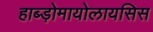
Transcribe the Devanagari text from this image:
हाब्ड़ोमायोलायसिस